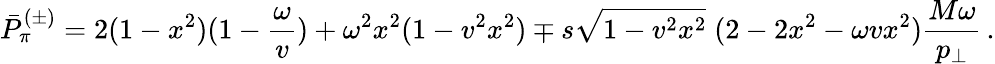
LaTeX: \bar{P}_{\pi}^{(\pm)}=2(1-x^{2})(1-{\frac{\omega}{v}})+\omega^{2}x^{2}(1-v^{2}x^{2})\mp s\sqrt{1-v^{2}x^{2}}\; (2-2x^{2}-\omega vx^{2}){\frac{M\omega}{p_{\perp}}}\, .